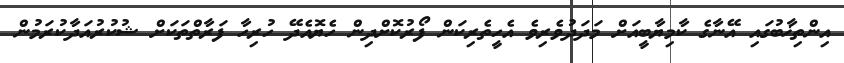
އިންތިޚާބުގައި އޭނާގެ ކާމިޔާބީއަށް މަދަދުވެރިވެ އެހީތެރިކަން ފޯރުކޮށްދިން ހެޔޮއެދޭ ހުރިހާ ފަރާތްތަކަށް ޝުކުރުއަދާކުރަމުން